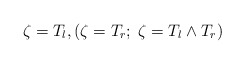
\begin{align*}\zeta=T_l, ( \zeta=T_r;\; \zeta=T_l\wedge T_r)\end{align*}